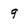
Character: 9